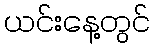
ယင်းနေ့တွင်